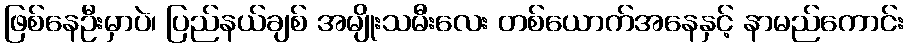
ဖြစ်နေဦးမှာပဲ၊ ပြည်နယ်ချစ် အမျိုးသမီးလေး တစ်ယောက်အနေနှင့် နာမည်ကောင်း